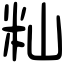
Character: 籼